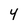
Character: 4